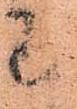
わ